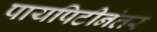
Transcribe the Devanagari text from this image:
पायपिटीनंतर